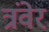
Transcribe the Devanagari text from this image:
त्रंवेर